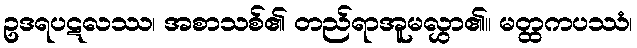
ဥဒရပဋလဿ၊ အစာသစ်၏ တည်ရာအူမလွှာ၏။ မတ္ထကပဿံ၊